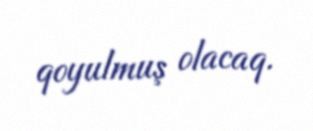
qoyulmuş olacaq.